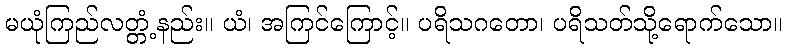
မယုံကြည်လတ္တံ့နည်း။ ယံ၊ အကြင်ကြောင့်။ ပရိသဂတော၊ ပရိသတ်သို့ရောက်သော။